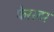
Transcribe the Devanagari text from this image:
फेरस्टर